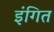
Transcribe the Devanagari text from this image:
इंगित